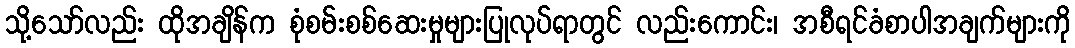
သို့သော်လည်း ထိုအချိန်က စုံစမ်းစစ်ဆေးမှုများပြုလုပ်ရာတွင် လည်းကောင်း၊ အစီရင်ခံစာပါအချက်များကို